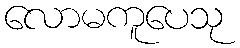
လောမကူပေသု